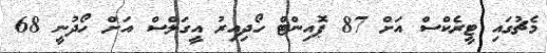
މެޗުގައި ޓީރެކްސް އަށް 87 ޕޮއިންޓް ހޯދިއިރު އީގަލްސް އަށް ހޯދުނީ 68